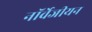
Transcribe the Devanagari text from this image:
नॉर्वेजीयन